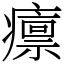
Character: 癝